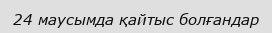
24 маусымда қайтыс болғандар